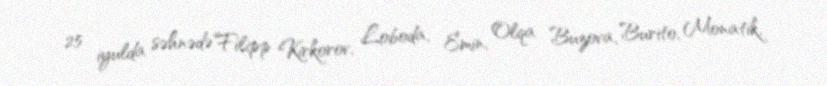
25 iyulda səhnədə Filipp Kirkorov, Loboda, Emin, Olqa Buzova, Burito, Monatik,